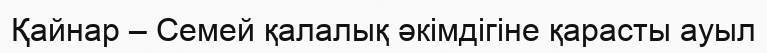
Қайнар – Семей қалалық әкімдігіне қарасты ауыл